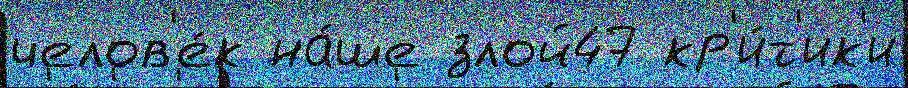
челов'е́к на́ше злой47 кр'и́т'ик'и